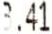
3.41